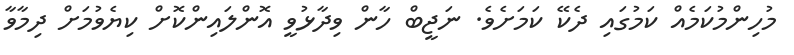
މުހިންމުކަމެއް ކަމުގައި ދެކޭ ކަމަށެވެ. ނަޖީބް ހާން ވިދާޅުވީ އޮންލައިންކޮށް ކިޔެވުމަށް ދިމާވާ